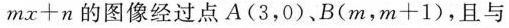
m x + n$$ 的图像经过点 A(3，0)、B( m，$$m + 1$$ )，且与